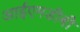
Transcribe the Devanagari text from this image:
आईएमडीबी